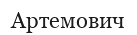
Артемович